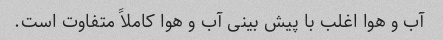
آب و هوا اغلب با پیش بینی آب و هوا کاملاً متفاوت است.